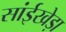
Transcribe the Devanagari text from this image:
सांईखेड़ा